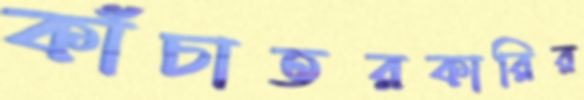
কাঁচাতরকারির